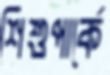
শিশুপার্কে